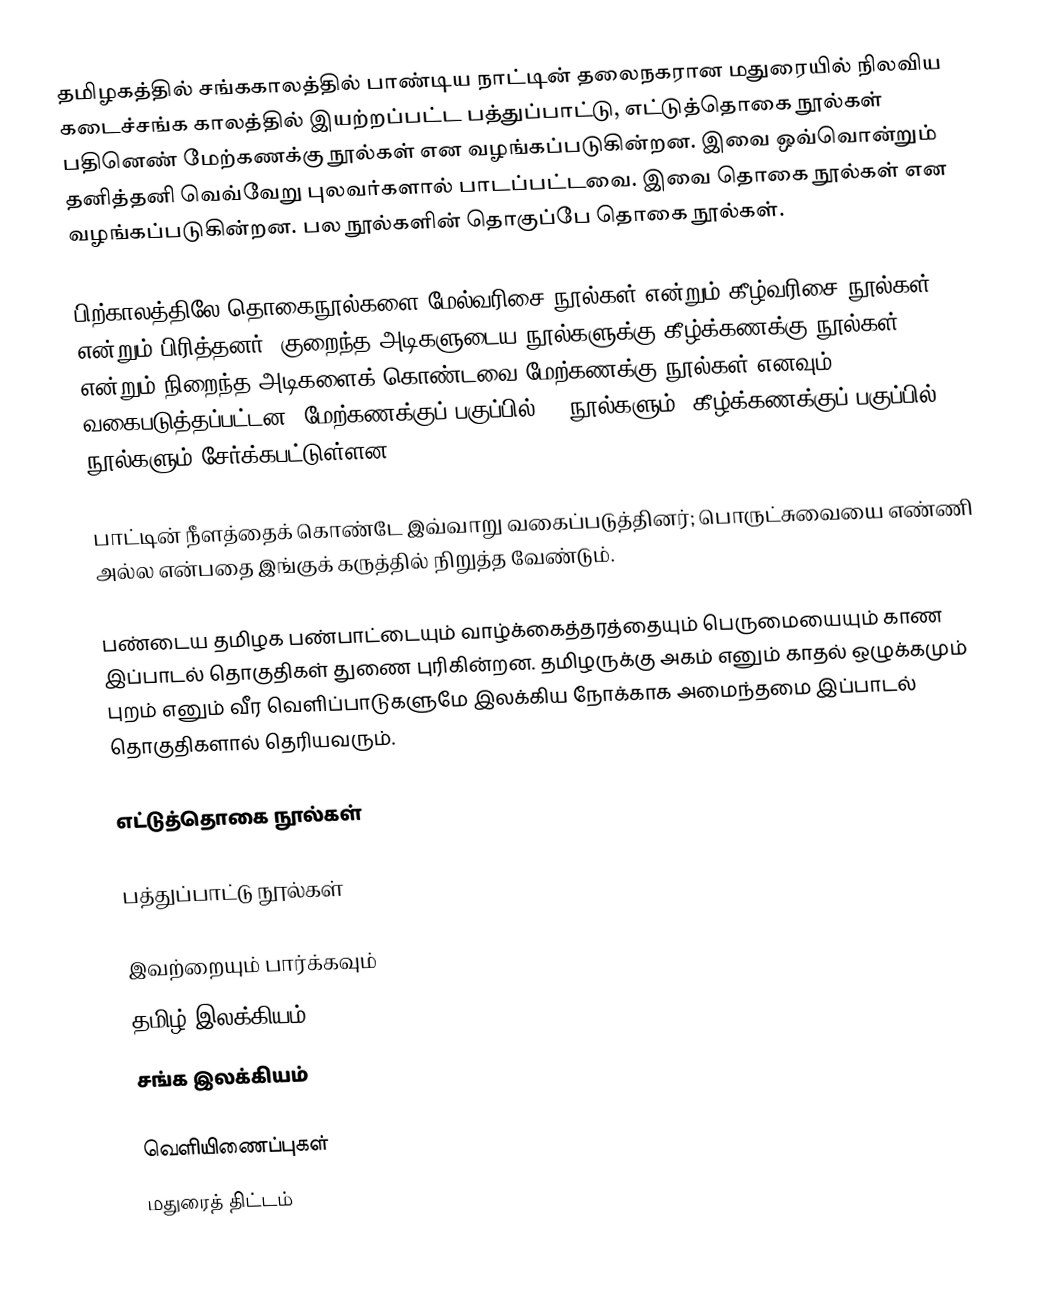
தமிழகத்தில் சங்ககாலத்தில் பாண்டிய நாட்டின் தலைநகரான மதுரையில் நிலவிய கடைச்சங்க காலத்தில் இயற்றப்பட்ட பத்துப்பாட்டு, எட்டுத்தொகை நூல்கள் பதினெண் மேற்கணக்கு நூல்கள் என வழங்கப்படுகின்றன. இவை ஒவ்வொன்றும் தனித்தனி வெவ்வேறு புலவர்களால் பாடப்பட்டவை. இவை தொகை நூல்கள் என வழங்கப்படுகின்றன. பல நூல்களின் தொகுப்பே தொகை நூல்கள்.

பிற்காலத்திலே தொகைநூல்களை மேல்வரிசை நூல்கள் என்றும் கீழ்வரிசை நூல்கள் என்றும் பிரித்தனர். குறைந்த அடிகளுடைய நூல்களுக்கு கீழ்க்கணக்கு நூல்கள் என்றும் நிறைந்த அடிகளைக் கொண்டவை  மேற்கணக்கு நூல்கள் எனவும் வகைபடுத்தப்பட்டன. மேற்கணக்குப் பகுப்பில் 18 நூல்களும், கீழ்க்கணக்குப் பகுப்பில் 18 நூல்களும் சேர்க்கபட்டுள்ளன.

பாட்டின் நீளத்தைக் கொண்டே இவ்வாறு வகைப்படுத்தினர்; பொருட்சுவையை எண்ணி அல்ல என்பதை இங்குக் கருத்தில் நிறுத்த வேண்டும்.

பண்டைய தமிழக பண்பாட்டையும் வாழ்க்கைத்தரத்தையும் பெருமையையும் காண இப்பாடல் தொகுதிகள் துணை புரிகின்றன. தமிழருக்கு அகம் எனும் காதல் ஒழுக்கமும் புறம் எனும் வீர வெளிப்பாடுகளுமே இலக்கிய நோக்காக அமைந்தமை இப்பாடல் தொகுதிகளால் தெரியவரும்.

எட்டுத்தொகை நூல்கள்

பத்துப்பாட்டு நூல்கள்

இவற்றையும் பார்க்கவும்
 தமிழ் இலக்கியம்
 சங்க இலக்கியம்

வெளியிணைப்புகள்
 மதுரைத் திட்டம்